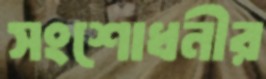
সংশোধনীর